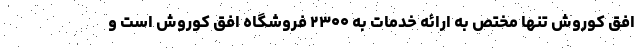
افق کوروش تنها مختص به ارائه خدمات به ۲۳۰۰ فروشگاه افق کوروش است و